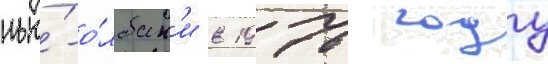
нью́-о́лбан'и в 1976 году